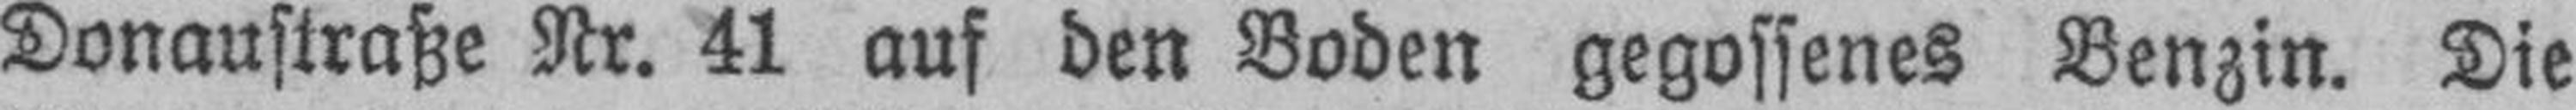
Donaustraße Nr. 41 auf den Boden gegossenes Benzin. Die